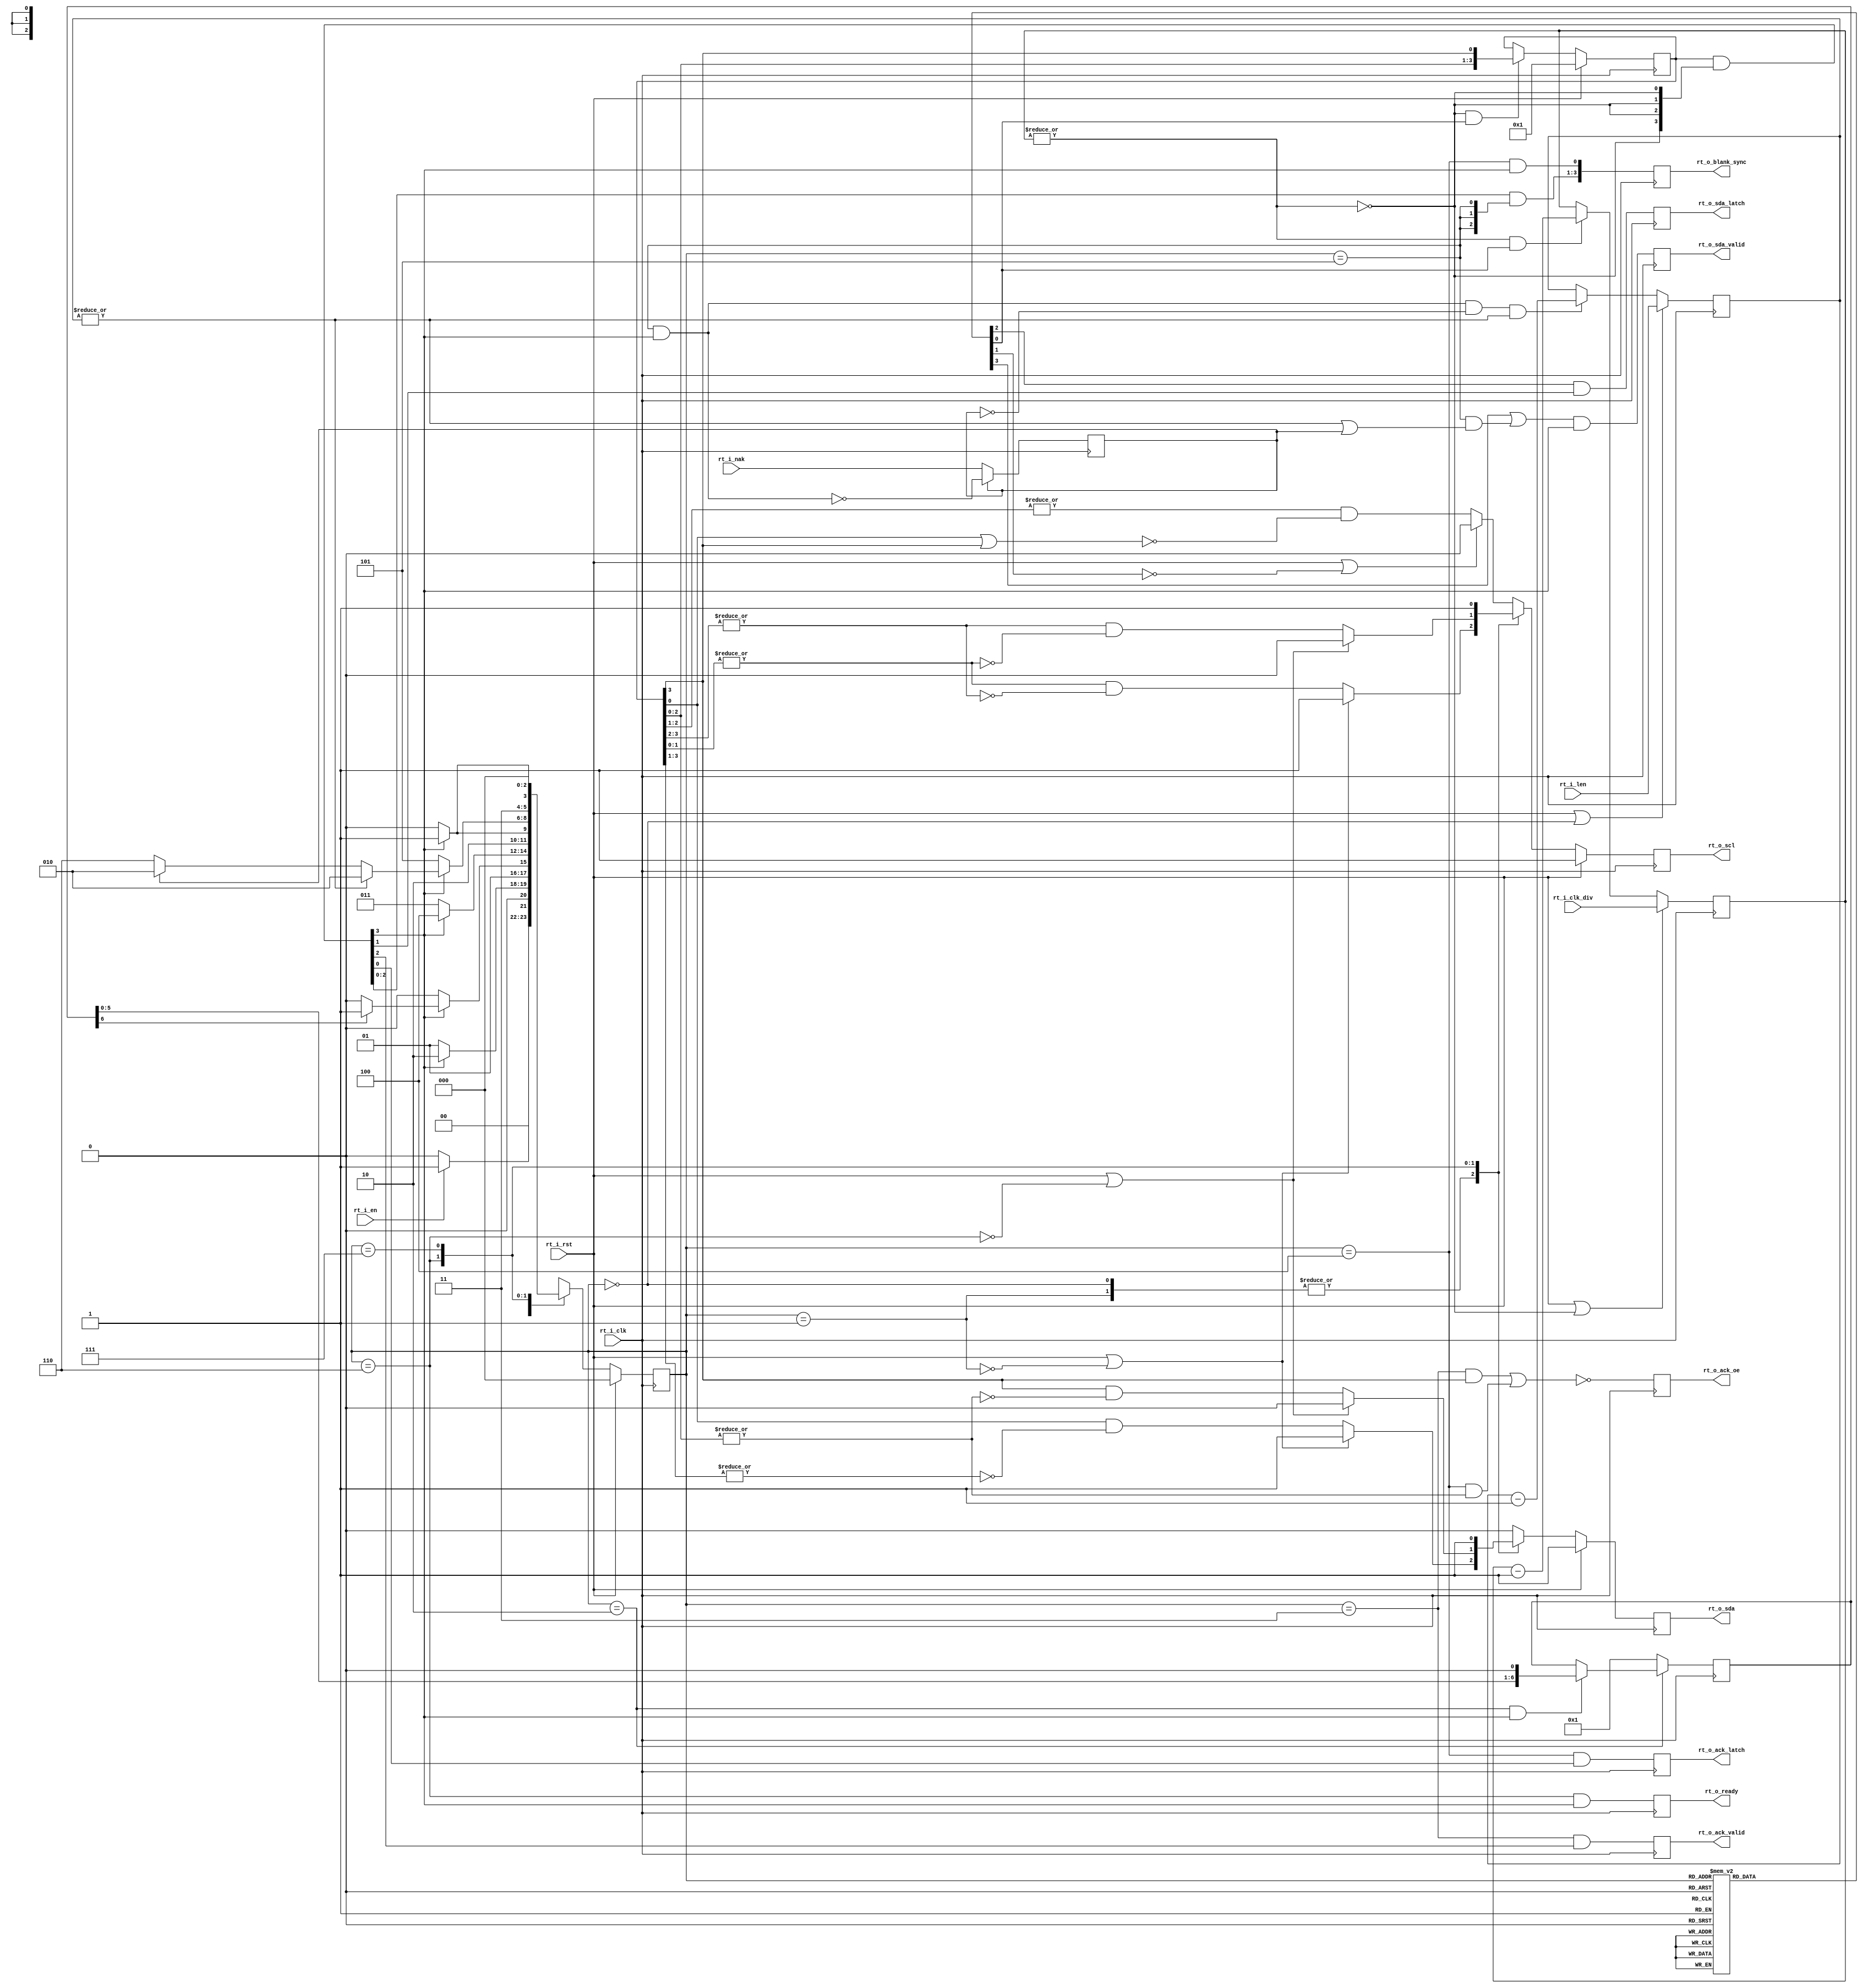
module rt_i2c_timing(
  input rt_i_clk,
  input rt_i_rst,
  input rt_i_en,
  input [15:0] rt_i_len,
  input [5:0] rt_i_clk_div,
  input rt_i_nak,
  output reg rt_o_scl = 1'b1,
  output reg rt_o_sda_valid = 1'b0,
  output reg rt_o_sda_latch = 1'b0,
  output reg rt_o_ack_valid = 1'b0,
  output reg rt_o_ack_latch = 1'b0,
  output reg rt_o_sda = 1'b1,
  output reg rt_o_ack_oe = 1'b1,
  output reg [3:0] rt_o_blank_sync = 4'b0,
  output reg rt_o_ready = 1'b0
);
localparam CONST_DISABLE    = 1'b0;
localparam CONST_ENABLE     = 1'b1;

localparam FSM1_S0_IDLE 	= 3'd0;
localparam FSM1_S1_START   	= 3'd1;
localparam FSM1_S2_DATA   	= 3'd2;
localparam FSM1_S3_DATA8   	= 3'd3;
localparam FSM1_S4_ACK      = 3'd4;
localparam FSM1_S5_BLANKING = 3'd5;
localparam FSM1_S6_STOP		= 3'd6;
localparam FSM1_S7_READY	= 3'd7;

localparam FSM2_S0_PHASE_0 = 4'd1;
localparam FSM2_S1_PHASE_1 = 4'd2;
localparam FSM2_S2_PHASE_2 = 4'd4;
localparam FSM2_S3_PHASE_3 = 4'd8;
//ex input clock period is 10ns target 625ns for 400khz
//clk_div is 63
//clk div logic
reg [5:0] rt_r_div_cnt = 6'd0;
reg rt_r_scl_en = 1'b0;
wire rt_w_div_cnt_eqnz;
//fsm1: IDLE, Start, Data, Data 8, Ack, blanking
reg [2:0] rt_r_fsm1_state = FSM1_S0_IDLE;
//bit counter
wire	  rt_w_bit_cnt_ce;
reg [6:0] rt_r_bit_cnt = 7'd1;
//length counter
wire      rt_w_len_cnt_eqnz;
wire      rt_w_len_cnt_ce;
wire      rt_w_len_cnt_rst;
reg [15:0]rt_r_len_cnt = 16'd0;
//fsm output
reg		  rt_r_i2c_data_en  = CONST_DISABLE;
reg       rt_r_sda_valid_en = CONST_DISABLE;
reg       rt_r_sda_latch_en = CONST_DISABLE;
wire	  rt_w_i2c_start;
wire	  rt_w_i2c_stop;
reg       rt_r_nak = CONST_DISABLE;
//fsm2: phase 0, phase 1, phase 2, phase 3
wire rt_w_fsm2_step;
reg [3:0] rt_r_fsm2_state = FSM2_S0_PHASE_0;
wire [3:0]rt_w_phase_sync;
//scl
reg rt_r_scl_s = 1'b1;
reg rt_r_sda_s = 1'b1;
reg rt_r_scl_d = 1'b0;
reg rt_r_scl_p = 1'b0;
reg rt_r_sda_p = 1'b1;

always@(posedge rt_i_clk) begin
	if(rt_r_nak)
		rt_r_nak <= ~((rt_r_fsm1_state == FSM1_S5_BLANKING)&rt_w_phase_sync[3]);
	else
		rt_r_nak <= rt_i_nak;
end

assign rt_w_len_cnt_eqnz = |rt_r_len_cnt;
assign rt_w_len_cnt_ce   = (rt_r_fsm1_state == FSM1_S5_BLANKING)&
                           rt_w_phase_sync[3]&
                           ~rt_r_nak;
assign rt_w_len_cnt_rst  = (rt_r_fsm1_state == FSM1_S0_IDLE);
always@(posedge rt_i_clk) begin
  if(rt_i_rst | rt_w_len_cnt_rst)
    rt_r_len_cnt <= rt_i_len;
  else if(rt_w_len_cnt_ce&rt_w_len_cnt_eqnz)
    rt_r_len_cnt <= rt_r_len_cnt - 1'b1;
end

//scl logic in start phase
always@(*) begin
  if(rt_i_rst | ~rt_w_i2c_start)begin
    rt_r_scl_s = CONST_ENABLE;
    rt_r_sda_s = CONST_ENABLE;
  end else begin
    rt_r_scl_s = (|rt_r_fsm2_state[1:0])&~(|rt_r_fsm2_state[3:2]);
    rt_r_sda_s = rt_r_fsm2_state[0]&~(|rt_r_fsm2_state[3:1]);
  end
end

//scl logic in data phase
always@(*) begin
  if(rt_i_rst | ~rt_r_i2c_data_en)
    rt_r_scl_d = CONST_DISABLE;
  else begin
    rt_r_scl_d = (|rt_r_fsm2_state[2:1])&~(rt_r_fsm2_state[0]|rt_r_fsm2_state[3]);
  end
end

//scl logic in stop phase
always@(*) begin
  if(rt_i_rst | ~rt_w_i2c_stop) begin
    rt_r_scl_p = CONST_DISABLE;
    rt_r_sda_p = CONST_DISABLE;
  end else begin
    rt_r_scl_p = (|rt_r_fsm2_state[3:2])&~(|rt_r_fsm2_state[1:0]);
    rt_r_sda_p = (|rt_r_fsm2_state[3])&~(|rt_r_fsm2_state[2:0]);
  end
end

always@(posedge rt_i_clk) begin
  rt_o_sda_valid <= (rt_r_sda_valid_en|
					(rt_r_fsm1_state == FSM1_S5_BLANKING)&
					 (rt_w_len_cnt_eqnz |
					 rt_r_nak)) &
                     rt_w_phase_sync[3];
end
always@(posedge rt_i_clk) begin
  rt_o_sda_latch <= rt_r_sda_latch_en & rt_w_phase_sync[1];
end

always@(posedge rt_i_clk) begin
  rt_o_ack_valid <= (rt_r_fsm1_state == FSM1_S3_DATA8) & 
                     rt_w_phase_sync[2];
end

always@(posedge rt_i_clk) begin
  rt_o_ack_latch <= (rt_r_fsm1_state == FSM1_S4_ACK) & 
                     rt_w_phase_sync[0];
end

always@(posedge rt_i_clk) begin
  rt_o_ack_oe <= ~((rt_r_fsm1_state == FSM1_S3_DATA8)&
                    rt_r_fsm2_state[3]|
                   (rt_r_fsm1_state == FSM1_S4_ACK)&
                  (|rt_r_fsm2_state[2:0]));
end

always@(posedge rt_i_clk) begin
  rt_o_blank_sync <= {rt_w_phase_sync[2:0]&
                     {3{(rt_r_fsm1_state == FSM1_S5_BLANKING)}},
                     (rt_r_fsm1_state == FSM1_S4_ACK)&
                     rt_w_phase_sync[3]};
end

////fsm1:
always@(posedge rt_i_clk) begin
  if(rt_i_rst)begin
    rt_o_scl <= CONST_ENABLE;
	rt_o_sda <= CONST_ENABLE;
  end else begin
    case(rt_r_fsm1_state)
    FSM1_S0_IDLE:begin
      rt_o_scl <= rt_r_scl_s;
      rt_o_sda <= rt_r_sda_s;
    end
    FSM1_S1_START:begin
      rt_o_scl <= rt_r_scl_s;
      rt_o_sda <= rt_r_sda_s;
    end
    FSM1_S6_STOP:begin
      rt_o_scl <= rt_r_scl_p;
      rt_o_sda <= rt_r_sda_p;
    end
	FSM1_S7_READY: begin
      rt_o_scl <= CONST_ENABLE;
      rt_o_sda <= CONST_ENABLE;
	end
    default:begin
      rt_o_scl <= rt_r_scl_d;
      rt_o_sda <= CONST_DISABLE;
    end
    endcase
  end
end

//clk div logic
assign rt_w_div_cnt_eqnz = |rt_r_div_cnt;
always@(posedge rt_i_clk) begin
  if(rt_i_rst | ~rt_w_div_cnt_eqnz)
    rt_r_div_cnt <= rt_i_clk_div;
  else if(rt_w_div_cnt_eqnz&rt_r_scl_en)
    rt_r_div_cnt <= rt_r_div_cnt - 6'd1;
end

always@(posedge rt_i_clk) begin
  if(rt_i_rst)
    rt_r_fsm1_state <= FSM1_S0_IDLE;
  else begin
    case(rt_r_fsm1_state)
    FSM1_S0_IDLE:      rt_r_fsm1_state <= rt_i_en?FSM1_S1_START:FSM1_S0_IDLE;
    FSM1_S1_START:     rt_r_fsm1_state <= rt_w_phase_sync[3]?FSM1_S2_DATA:FSM1_S1_START;
    FSM1_S2_DATA:      rt_r_fsm1_state <= rt_w_phase_sync[3]?(
                                          rt_r_bit_cnt[6]?
                                          FSM1_S3_DATA8:
                                          FSM1_S2_DATA):
                                          FSM1_S2_DATA;
    FSM1_S3_DATA8:     rt_r_fsm1_state <= rt_w_phase_sync[3]?FSM1_S4_ACK:FSM1_S3_DATA8;
    FSM1_S4_ACK:       rt_r_fsm1_state <= rt_w_phase_sync[3]?
	                                      FSM1_S5_BLANKING:
										  FSM1_S4_ACK;
    FSM1_S5_BLANKING:  rt_r_fsm1_state <= rt_w_phase_sync[3]?(
                                          rt_w_len_cnt_eqnz?
                                          FSM1_S2_DATA:(rt_r_nak?
										  FSM1_S2_DATA:
                                          FSM1_S6_STOP)):
                                          FSM1_S5_BLANKING;
    FSM1_S6_STOP:      rt_r_fsm1_state <= rt_w_phase_sync[3]?FSM1_S7_READY:FSM1_S6_STOP;
	FSM1_S7_READY:     rt_r_fsm1_state <= FSM1_S0_IDLE;
    endcase
  end
end

assign rt_w_bit_cnt_ce = (rt_r_fsm1_state == FSM1_S2_DATA);
assign rt_w_i2c_start  = (rt_r_fsm1_state == FSM1_S1_START);
assign rt_w_i2c_stop   = (rt_r_fsm1_state == FSM1_S6_STOP);
always@(*) begin
  case(rt_r_fsm1_state)
  FSM1_S0_IDLE:begin
    rt_r_scl_en       = CONST_DISABLE;
    rt_r_i2c_data_en  = CONST_DISABLE;
	rt_r_sda_latch_en = CONST_DISABLE;
	rt_r_sda_valid_en = CONST_DISABLE;
  end	
  FSM1_S1_START:begin
    rt_r_scl_en       = CONST_ENABLE;
    rt_r_i2c_data_en  = CONST_DISABLE;
	rt_r_sda_latch_en = CONST_DISABLE;
	rt_r_sda_valid_en = CONST_ENABLE;
  end
  FSM1_S2_DATA:begin
    rt_r_scl_en       = CONST_ENABLE;
    rt_r_i2c_data_en  = CONST_ENABLE;
	rt_r_sda_latch_en = CONST_ENABLE;
	rt_r_sda_valid_en = CONST_ENABLE;
  end
  FSM1_S3_DATA8:begin
    rt_r_scl_en       = CONST_ENABLE;
    rt_r_i2c_data_en  = CONST_ENABLE;
	rt_r_sda_latch_en = CONST_ENABLE;
	rt_r_sda_valid_en = CONST_DISABLE;
  end
  FSM1_S4_ACK:begin
    rt_r_scl_en       = CONST_ENABLE;
    rt_r_i2c_data_en  = CONST_ENABLE;
	rt_r_sda_latch_en = CONST_DISABLE;
	rt_r_sda_valid_en = CONST_DISABLE;
  end
  FSM1_S5_BLANKING:begin
    rt_r_scl_en       = CONST_ENABLE;
    rt_r_i2c_data_en  = CONST_DISABLE;
	rt_r_sda_latch_en = CONST_DISABLE;
	rt_r_sda_valid_en = CONST_DISABLE;
  end
  FSM1_S6_STOP:begin
    rt_r_scl_en       = CONST_ENABLE;
    rt_r_i2c_data_en  = CONST_DISABLE;
	rt_r_sda_latch_en = CONST_DISABLE;
	rt_r_sda_valid_en = CONST_DISABLE;
  end
  FSM1_S7_READY:begin
    rt_r_scl_en       = CONST_DISABLE;
    rt_r_i2c_data_en  = CONST_DISABLE;
	rt_r_sda_latch_en = CONST_DISABLE;
	rt_r_sda_valid_en = CONST_DISABLE;
  end
  endcase
end

always@(posedge rt_i_clk) begin
  if(~rt_w_bit_cnt_ce)
    rt_r_bit_cnt <= 7'd1;
  else if(rt_w_bit_cnt_ce&rt_w_phase_sync[3])
    rt_r_bit_cnt <= {rt_r_bit_cnt[6:0], 1'b0};
end

assign rt_w_fsm2_step  = ~rt_w_div_cnt_eqnz&rt_r_scl_en;
assign rt_w_phase_sync = rt_r_fsm2_state&{4{~rt_w_div_cnt_eqnz}};
always@(posedge rt_i_clk) begin
  if(rt_i_rst)
    rt_r_fsm2_state <= FSM2_S0_PHASE_0;
  else if(rt_w_fsm2_step)
    rt_r_fsm2_state <= {rt_r_fsm2_state[2:0], rt_r_fsm2_state[3]};
end

always@(posedge rt_i_clk) begin
  rt_o_ready <= (rt_r_fsm1_state == FSM1_S6_STOP)& rt_w_phase_sync[3];
end

endmodule